Cholera in India, 1862 to 1881
Year: 1862
Disease focus: Cholera
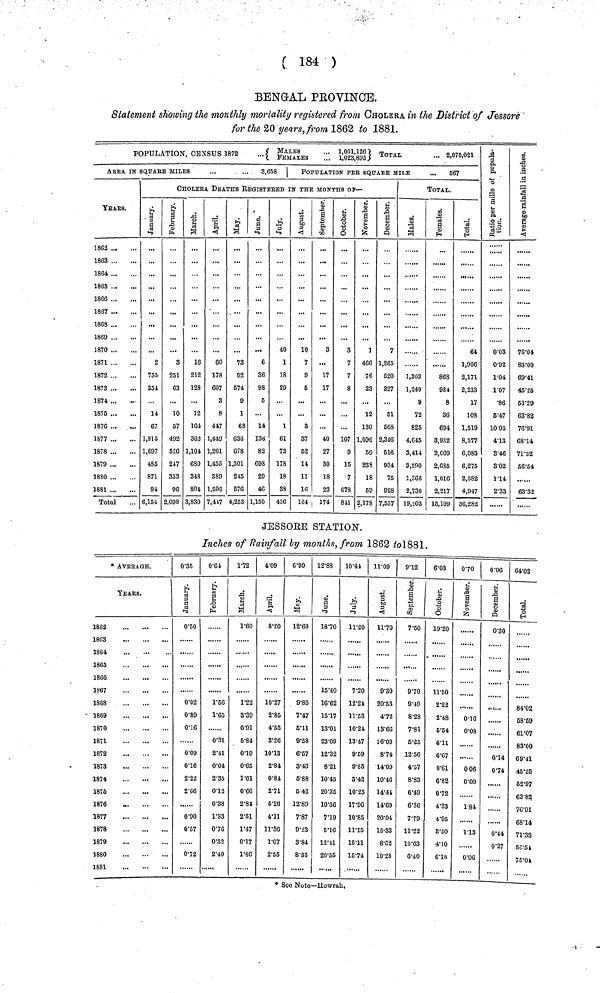
( 184 )
BENGAL PROVINCE.
Statement showing the monthly mortality registered from CHOLERA in the District of Jossore
for the 20 years, from 1862 to 1881.
POPULATION, CENSUS 1872
...MALES FEMALES 1,051,126 1,023,895}TOTAL 2,075,021
AREA IN SQUARE MILES
...
...
3,658 |
YEArS.
1866
...
1870
1871
1872
1873
1874
1876
1876
1877
1878
1879
1880
1881
Total
POPULATION PEE SQUARE MII,E
...
667
CHOLERA DEATHS REGISTERED IN THE MONTHS Of
January.
2
755
351
11
67
1,815
1,697
485
871
94
6,154
February.
3
251
63
10
57
492
526
247
353
96
2,098
March.
16
212
128
12
161
362
1,101
680
348
801
3,830
April.
60
178
607
3
8
447
1,449
1,261
1,455
389
1,590
7,417
May.
73
92
574
9
1
68
636
678
1,301
245
576
4,253
June.
6
36
98
5
14
136
82
693
29
46
1,150
July.
40
1
18
29
1
61
72
178
18
88
456
August.
10
7
9
6
8
37
52
14
11
1(1
164
September.
3
...
17
17
40
27
80
18
22
174
October.
3
7
7
8
107
9
15
7
678
841
-
November.
1
466
76
23
12
130
1,036
69
238
18
59
2,178
December.
7
1,265
520
327
51
568
2,316
516
934
75
928
7,537
Males.
1,303
1,249
9
72
825
4,645
3,414
3,590
1,866
2,730
19,203
TOTAL.
Females.
868
984
8
36
694
3,932
2,069
2,685
1,016
2,217
15,109
Total.
64
1,906
2,171
2,233
17
108
1,519
8,577
6,083
6,275
2,382
4,947
36,282
Ratio per mille of population.
0 .03
0.92
1.04
1.07
•86
5.47
10.05
4.13
3.46
8.02
1.14
2.33
Average rainfall in inches.
76,04
83.00
69.41
45.25
53.29
63.82
76.91
68.14
71.32
56.54
63.32
JESSORE STATION.
Inches of Rainfall by months, from 1862 to1881.
* AVEEAGE.
YEARS,
1862
1863
1864
1865
1806
1S67
1868
1869
1870
1871
1872
1873
1874
1875
1876
1877
1878
1879
1880
1881
0.35
0.50
0.02
0.89
0.16
0.09
0.16
2.22
2.66
0.90
0.57
0.72
0.64
February.
1.56
1.65
0.31
2.11
0.04
2.35
0.12
0.88
1.93
0.70
0.32
2.40
1.72
March.
1.60
1.22
8.39
0.91
6.84
0.19
0.65
1.61
0.66
2.84
2.51
1.47
0.17
1.80
4.09
8.20
10.27
2.85
4.55
8.26
10.13
2.84
0.81
2.71
6.26
4.11
11.36
1.07
2.55
6.90
12.60
9.85
7.47
6.11
9.58
6.57
8.43
6.88
6.42
12.89
7.87
9.28
8.84
8.33
12.88
18.70
15.40
16.62
15.17
13.01
23.09
12.32
8.21
10.45
20.35
10.36
7.19
5.16
12.41
20.65
10.44
11.20
7.20
12.24
11.53
10.21
13.47
9.59
9.85
3.42
10.25
17.96
10.85
11.15
15.11
15.74
11.09
11.70
9.30
20.53
4.72
13.66
16.09
8.74
14.09
10.46
14.44
14.69
20.04
15.33
8.62
10.28
9.12
September.
7.50
9.70
9.49
8.28
7.81
5.25
12.56
4.57
8.83
6.49
6.36
7.79
11.22
10.63
6.40
6.03
19.20
11.50
2.22
2.48
5.54
6.11
6.67
0.61
6.82
0.72
4.33
4.95
3.50
4.10
6.15
070
•••••
.......
0.16
0.08
0 06
0.09
1.84
1.13
0.06
0.06
0.30
...
......
0.14
0.74
0.44
0.27
64.02
84.02.
68.59
61.07
83.00
69.41
45.25
52.97
63.82
76.91
68.14
71.33
56.54
75.04
* See Note—Howrah,